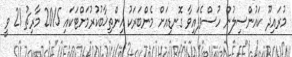
މުރައިދޫ ކައުންސިލުން ހުސްވެފައިވާ ގޮނޑިއަށް މެންބަރަކު އިންތިޚާބުކުރުމަށްޓަކައި 2015 މާރިޗު 21 ވީ